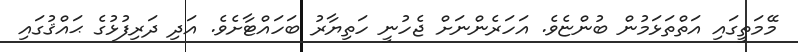
މޭމަތީގައި އަތްތަޅަމުން ބުންޏެވެ. އަހަރެންނަށް ޖެހުނީ ހަތިޔާރު ބަހައްޓާށެވެ. އަދި ދަރިފުޅުގެ ޙައްޤުގައި